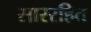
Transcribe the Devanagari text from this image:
साररहित